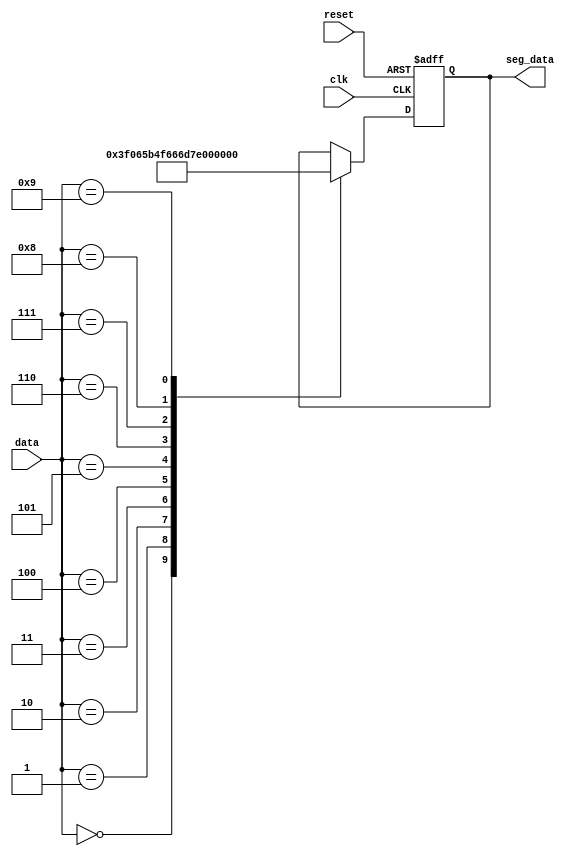
module segment_decode(
	input clk, reset,
	input [3:0] data,
	output reg [7:0] seg_data
);


always@(posedge clk or negedge reset) begin

	if(~reset)begin
		seg_data<=0;
	end
	else begin
		case(data)
			4'd0: seg_data<=8'b0011_1111;
			4'd1: seg_data<=8'b0000_0110;
			4'd2: seg_data<=8'b0101_1011;
			4'd3: seg_data<=8'b0100_1111;
			4'd4: seg_data<=8'b0110_0110;
			4'd5: seg_data<=8'b0110_1101;
			4'd6: seg_data<=8'b0111_1101;
			4'd7: seg_data<=8'b0010_0111;
			4'd8: seg_data<=8'b0111_1111;
			4'd9: seg_data<=8'b0110_0111;
			default: seg_data<=seg_data;
		endcase
	end
end	
	
endmodule